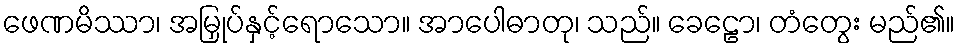
ဖေဏမိဿာ၊ အမြှုပ်နှင့်ရောသော။ အာပေါဓာတု၊ သည်။ ခေဠော၊ တံတွေး မည်၏။